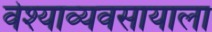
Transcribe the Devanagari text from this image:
वेश्याव्यवसायाला